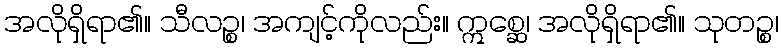
အလိုရှိရာ၏။ သီလဉ္စ၊ အကျင့်ကိုလည်း။ ဣစ္ဆေ၊ အလိုရှိရာ၏။ သုတဉ္စ၊